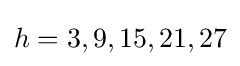
h=3,9,15,21,27